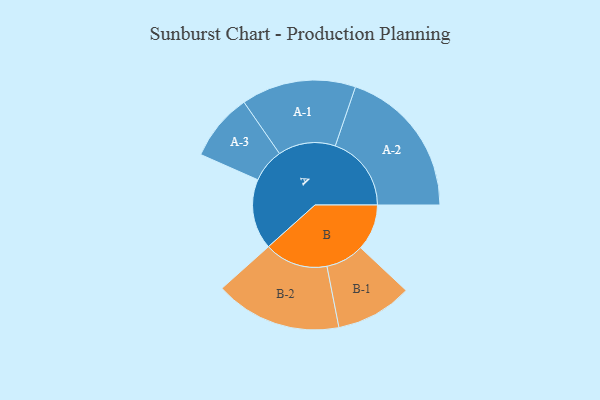
{"axis": {"x": "Segment", "y": "Value"}, "legend": ["", "A", "B"], "data": [{"x": "A", "y": 277, "type": ""}, {"x": "B", "y": 182, "type": ""}, {"x": "A-1", "y": 226, "type": "A"}, {"x": "A-2", "y": 300, "type": "A"}, {"x": "A-3", "y": 133, "type": "A"}, {"x": "B-1", "y": 151, "type": "B"}, {"x": "B-2", "y": 250, "type": "B"}]}